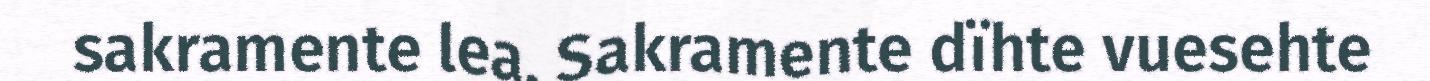
sakramente lea. Sakramente dïhte vuesehte